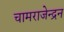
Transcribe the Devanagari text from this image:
चामराजेन्द्रन